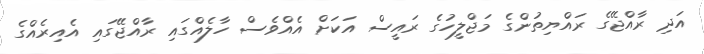
އަދި ރާއްޖޭގެ ރައްޔިތުންގެ މަޖްލީހުގެ ރައީސް އަކަށް އެއްވެސް ހާލެއްގައި ރާއްޖޭގައި އެއިރެއްގެ